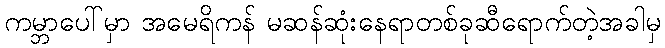
ကမ္ဘာပေါ်မှာ အမေရိကန် မဆန်ဆုံးနေရာတစ်ခုဆီရောက်တဲ့အခါမှ